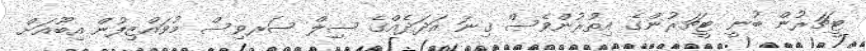
ޓީޗަރުން ބުނީ ޓީޗަރުންގެ އިތުރުންވެސް ގިނަ އަދަދެއްގެ ސިިލް ސަރވިސް މުވައްޒިފުން އިބޫއަށް